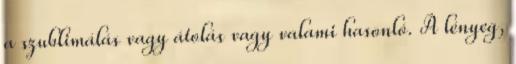
a szublimálás vagy átolás vagy valami hasonló. A lényeg,